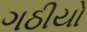
ગઠીયો